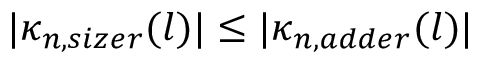
| \kappa _ { n , s i z e r } ( l ) | \leq | \kappa _ { n , a d d e r } ( l ) |